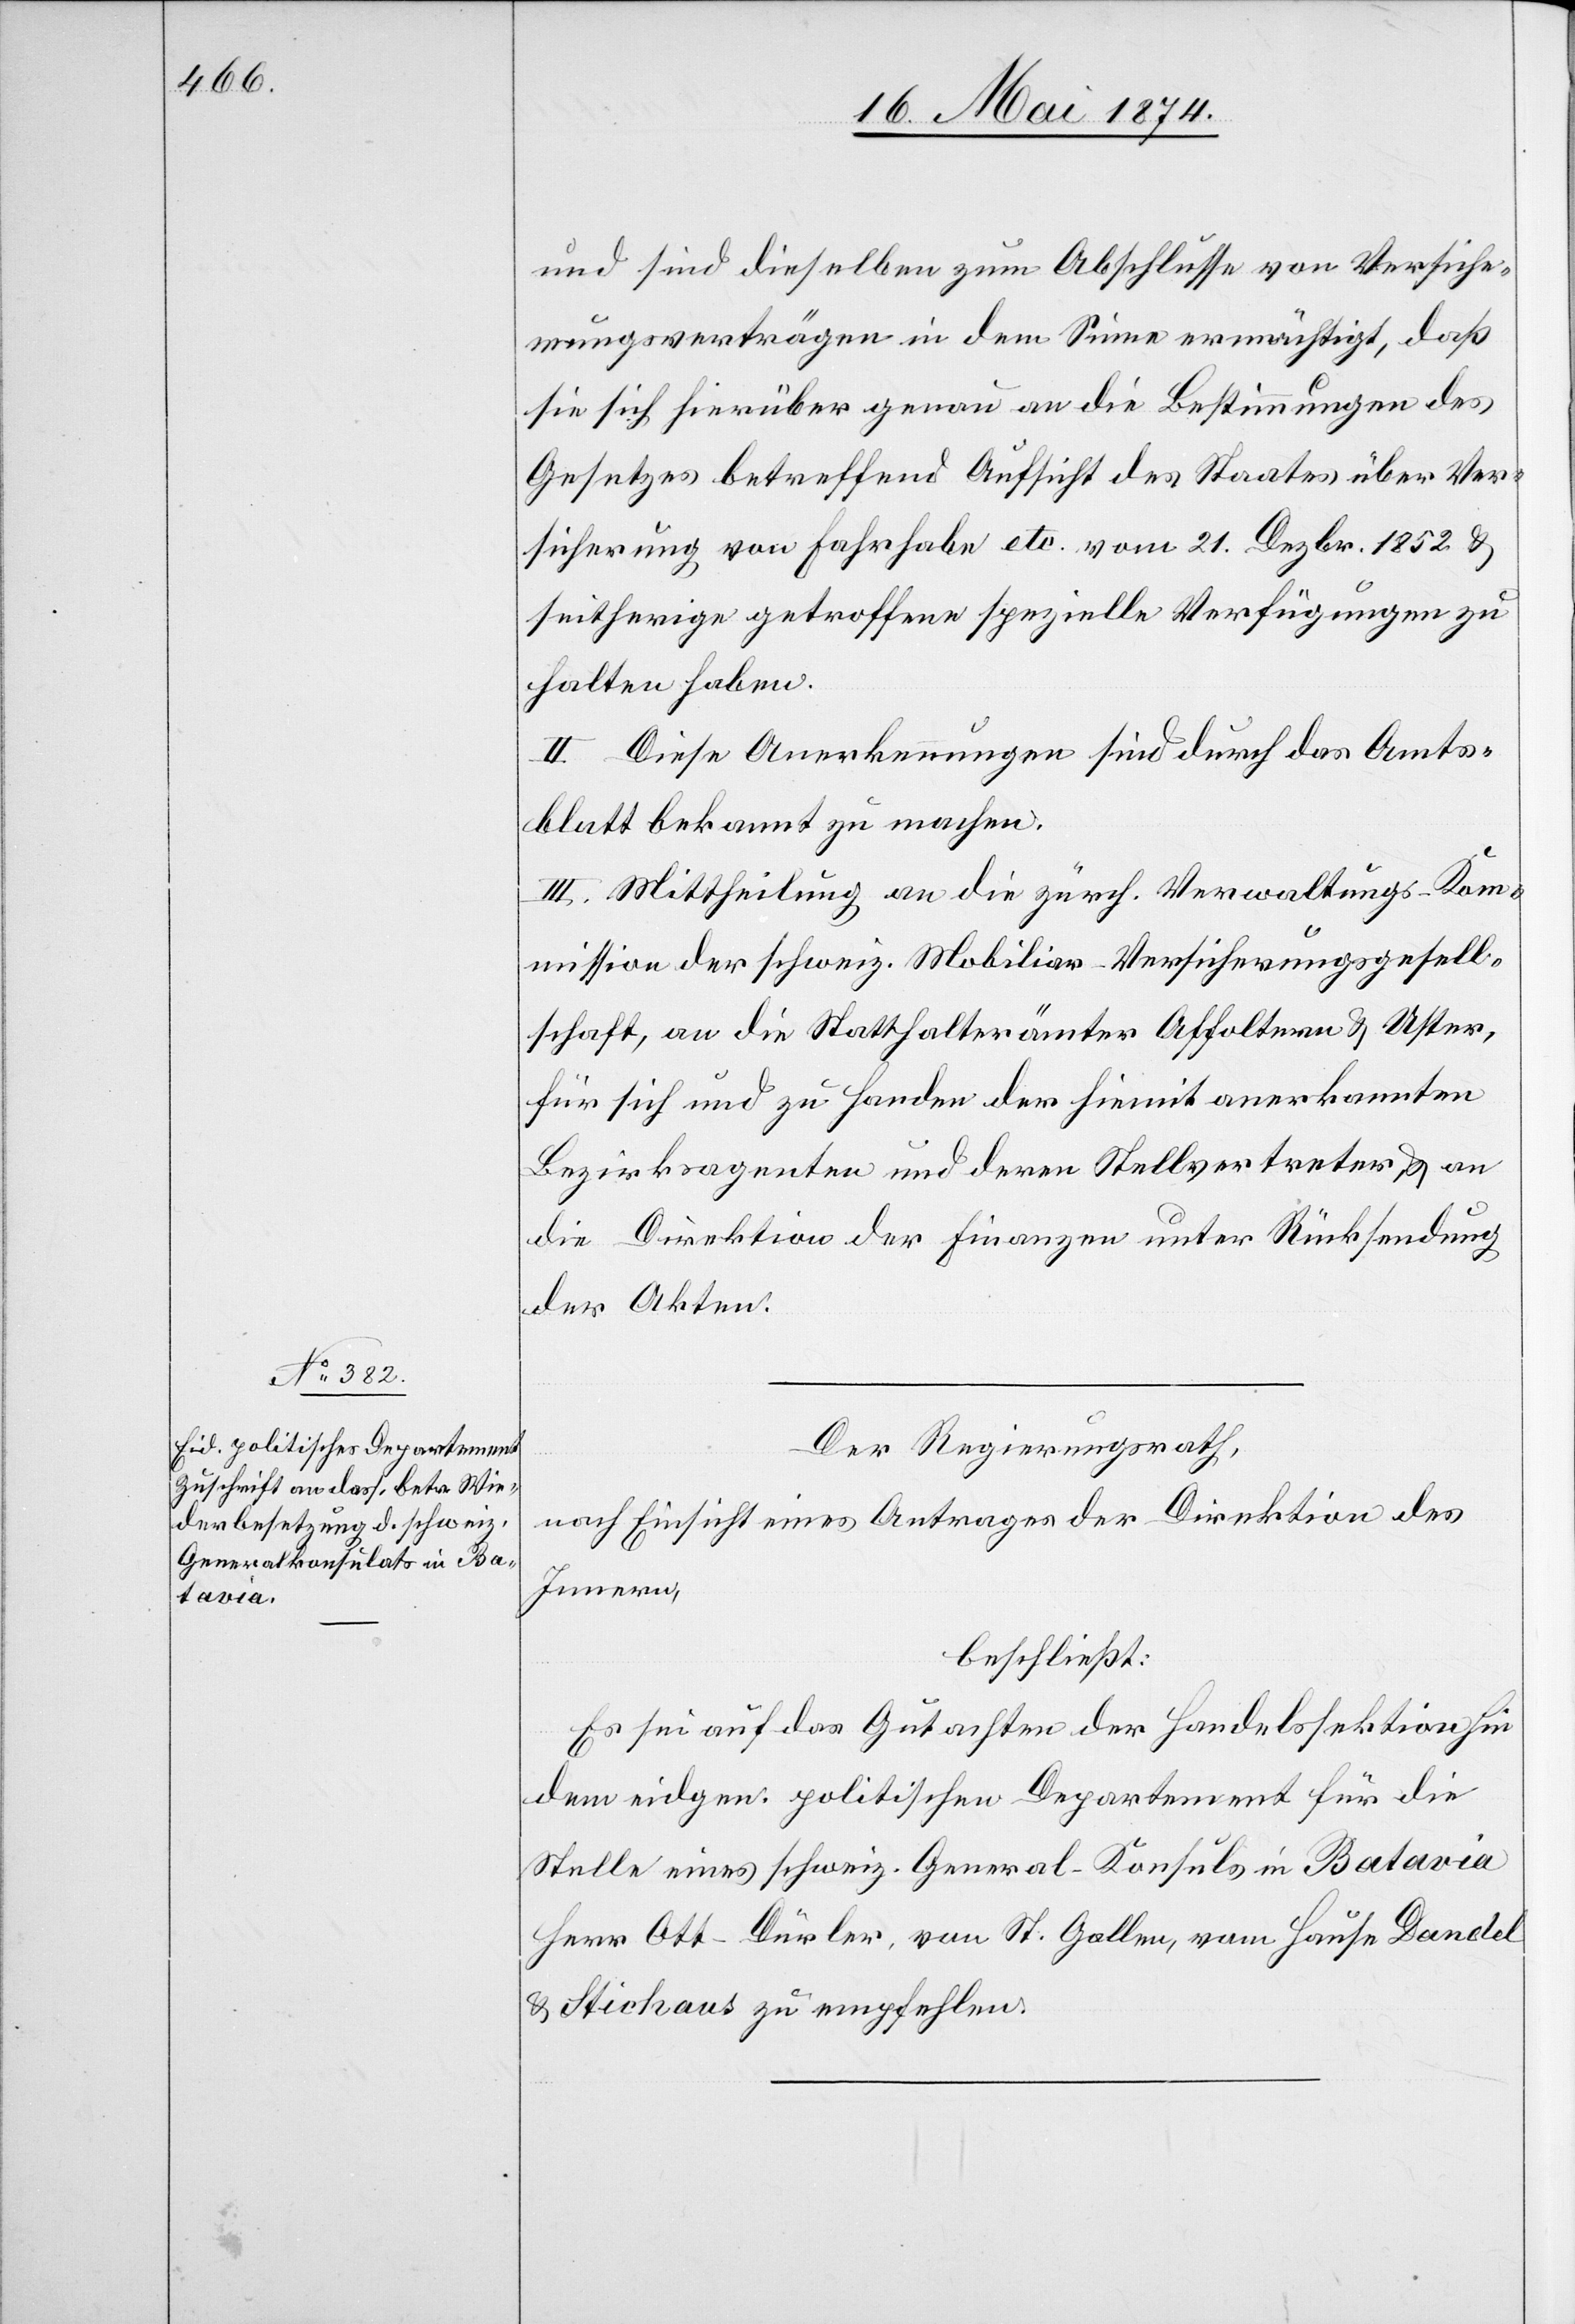
und sind dieselben zum Abschlusse von Versiche¬
rungsverträgen in dem Sinne ermächtigt, daß
sie sich hierüber genau an die Bestimmungen des
Gesetzes betreffend Aufsicht des Staates über Ver¬
sicherung von Fahrhabe etc. vom 21. Dezbr. 1852 u.
seitherige getroffene spezielle Verfügungen zu
halten haben.
II. Diese Anerkennungen sind durch das Amts¬
blatt bekannt zu machen.
III. Mittheilung an die zürch. Verwaltungs-Kom¬
mission der schweiz. Mobiliar-Versicherungsgesell¬
schaft, an die Statthalterämter Affoltern u. Uster,
für sich und zu Handen der hiemit anerkannten
Bezirksagenten und deren Stellvertreter, u. an
die Direktion der Finanzen unter Rücksendung
der Akten.
Der Regierungsrath,
nach Einsicht eines Antrages der Direktion des
Innern,
beschließt:
Es sei auf das Gutachten der Handelssektion hin
dem eidgen. politischen Departement für die
Stelle eines schweiz. General-Konsuls in Batavia
Herr Ott-Dürler, von St. Gallen, vom Hause Dandel
& Stichaus zu empfehlen.